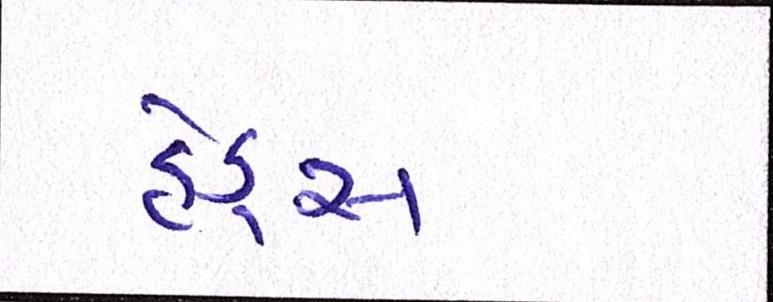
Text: હેડ્સ